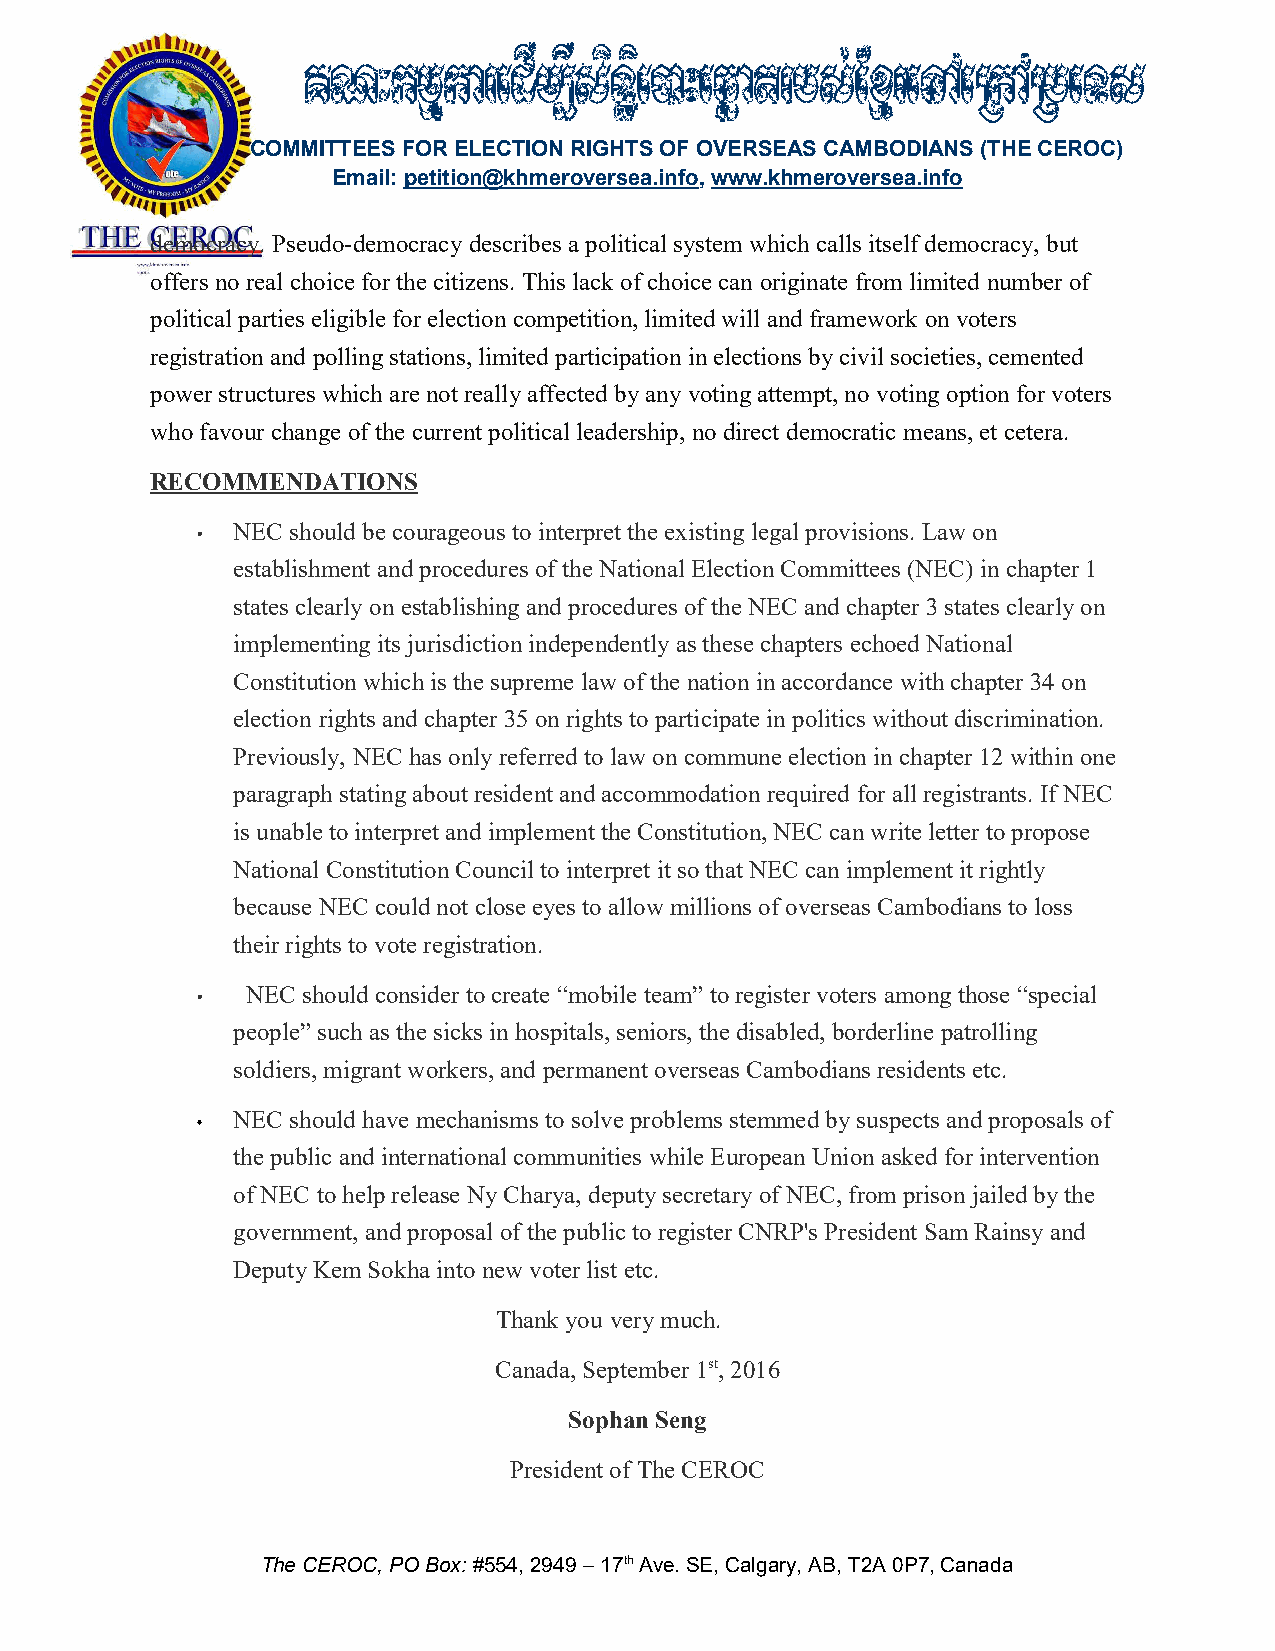
COMMITTEES FOR ELECTION RIGHTS OF OVERSEAS CAMBODIANS (THE CEROC)
 Email: petition@khmeroversea.info, www.khmeroversea.info
 democracy. Pseudo-democracy describes a political system which calls itself democracy, but
 offers no real choice for the citizens. This lack of choice can originate from limited number of
 political parties eligible for election competition, limited will and framework on voters
 registration and polling stations, limited participation in elections by civil societies, cemented
 power structures which are not really affected by any voting attempt, no voting option for voters
 who favour change of the current political leadership, no direct democratic means, et cetera.
 RECOMMENDATIONS
 • NEC should be courageous to interpret the existing legal provisions. Law on
 establishment and procedures of the National Election Committees (NEC) in chapter 1
 states clearly on establishing and procedures of the NEC and chapter 3 states clearly on
 implementing its jurisdiction independently as these chapters echoed National
 Constitution which is the supreme law of the nation in accordance with chapter 34 on
 election rights and chapter 35 on rights to participate in politics without discrimination.
 Previously, NEC has only referred to law on commune election in chapter 12 within one
 paragraph stating about resident and accommodation required for all registrants. If NEC
 is unable to interpret and implement the Constitution, NEC can write letter to propose
 National Constitution Council to interpret it so that NEC can implement it rightly
 because NEC could not close eyes to allow millions of overseas Cambodians to loss
 their rights to vote registration.
 •  NEC should consider to create “mobile team” to register voters among those “special
 people” such as the sicks in hospitals, seniors, the disabled, borderline patrolling
 soldiers, migrant workers, and permanent overseas Cambodians residents etc.
 • NEC should have mechanisms to solve problems stemmed by suspects and proposals of
 the public and international communities while European Union asked for intervention
 of NEC to help release Ny Charya, deputy secretary of NEC, from prison jailed by the
 government, and proposal of the public to register CNRP's President Sam Rainsy and
 Deputy Kem Sokha into new voter list etc.
 Thank you very much.
 Canada, September 1st, 2016
 Sophan Seng
 President of The CEROC
 The CEROC, PO Box: #554, 2949 – 17th Ave. SE, Calgary, AB, T2A 0P7, Canada